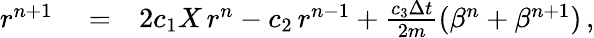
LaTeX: \begin{array}{rlr}{r^{n+1}}&{{}=}&{2c_{1}X\, r^{n}-c_{2}\, r^{n-1}+\frac{c_{3}\Delta{t}}{2m}(\beta^{n}+\beta^{n+1})\, ,}\end{array}